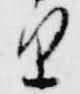
里